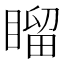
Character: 𥉳